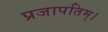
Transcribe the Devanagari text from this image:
प्रजापतिम्।